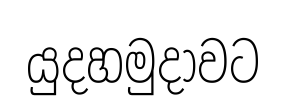
යුදහමුදාවට